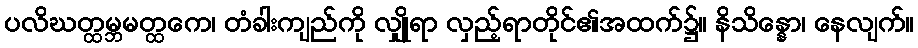
ပလိဃတ္ထမ္ဘမတ္ထကေ၊ တံခါးကျည်ကို လျှိုရာ လှည့်ရာတိုင်၏အထက်၌။ နိသိန္နော၊ နေလျက်။